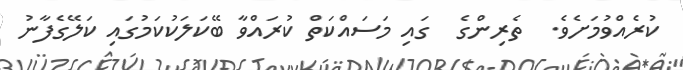
ކުރެއްވުމަށެވެ.  ތެރިންގެ  ގައި މަސައްކަތް ކުރައްވާ ބޭކަލަކުކަމުގައި ކަލޭގެފާނު